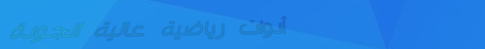
أدوات رياضية عالية الجودة